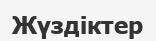
Жүздіктер